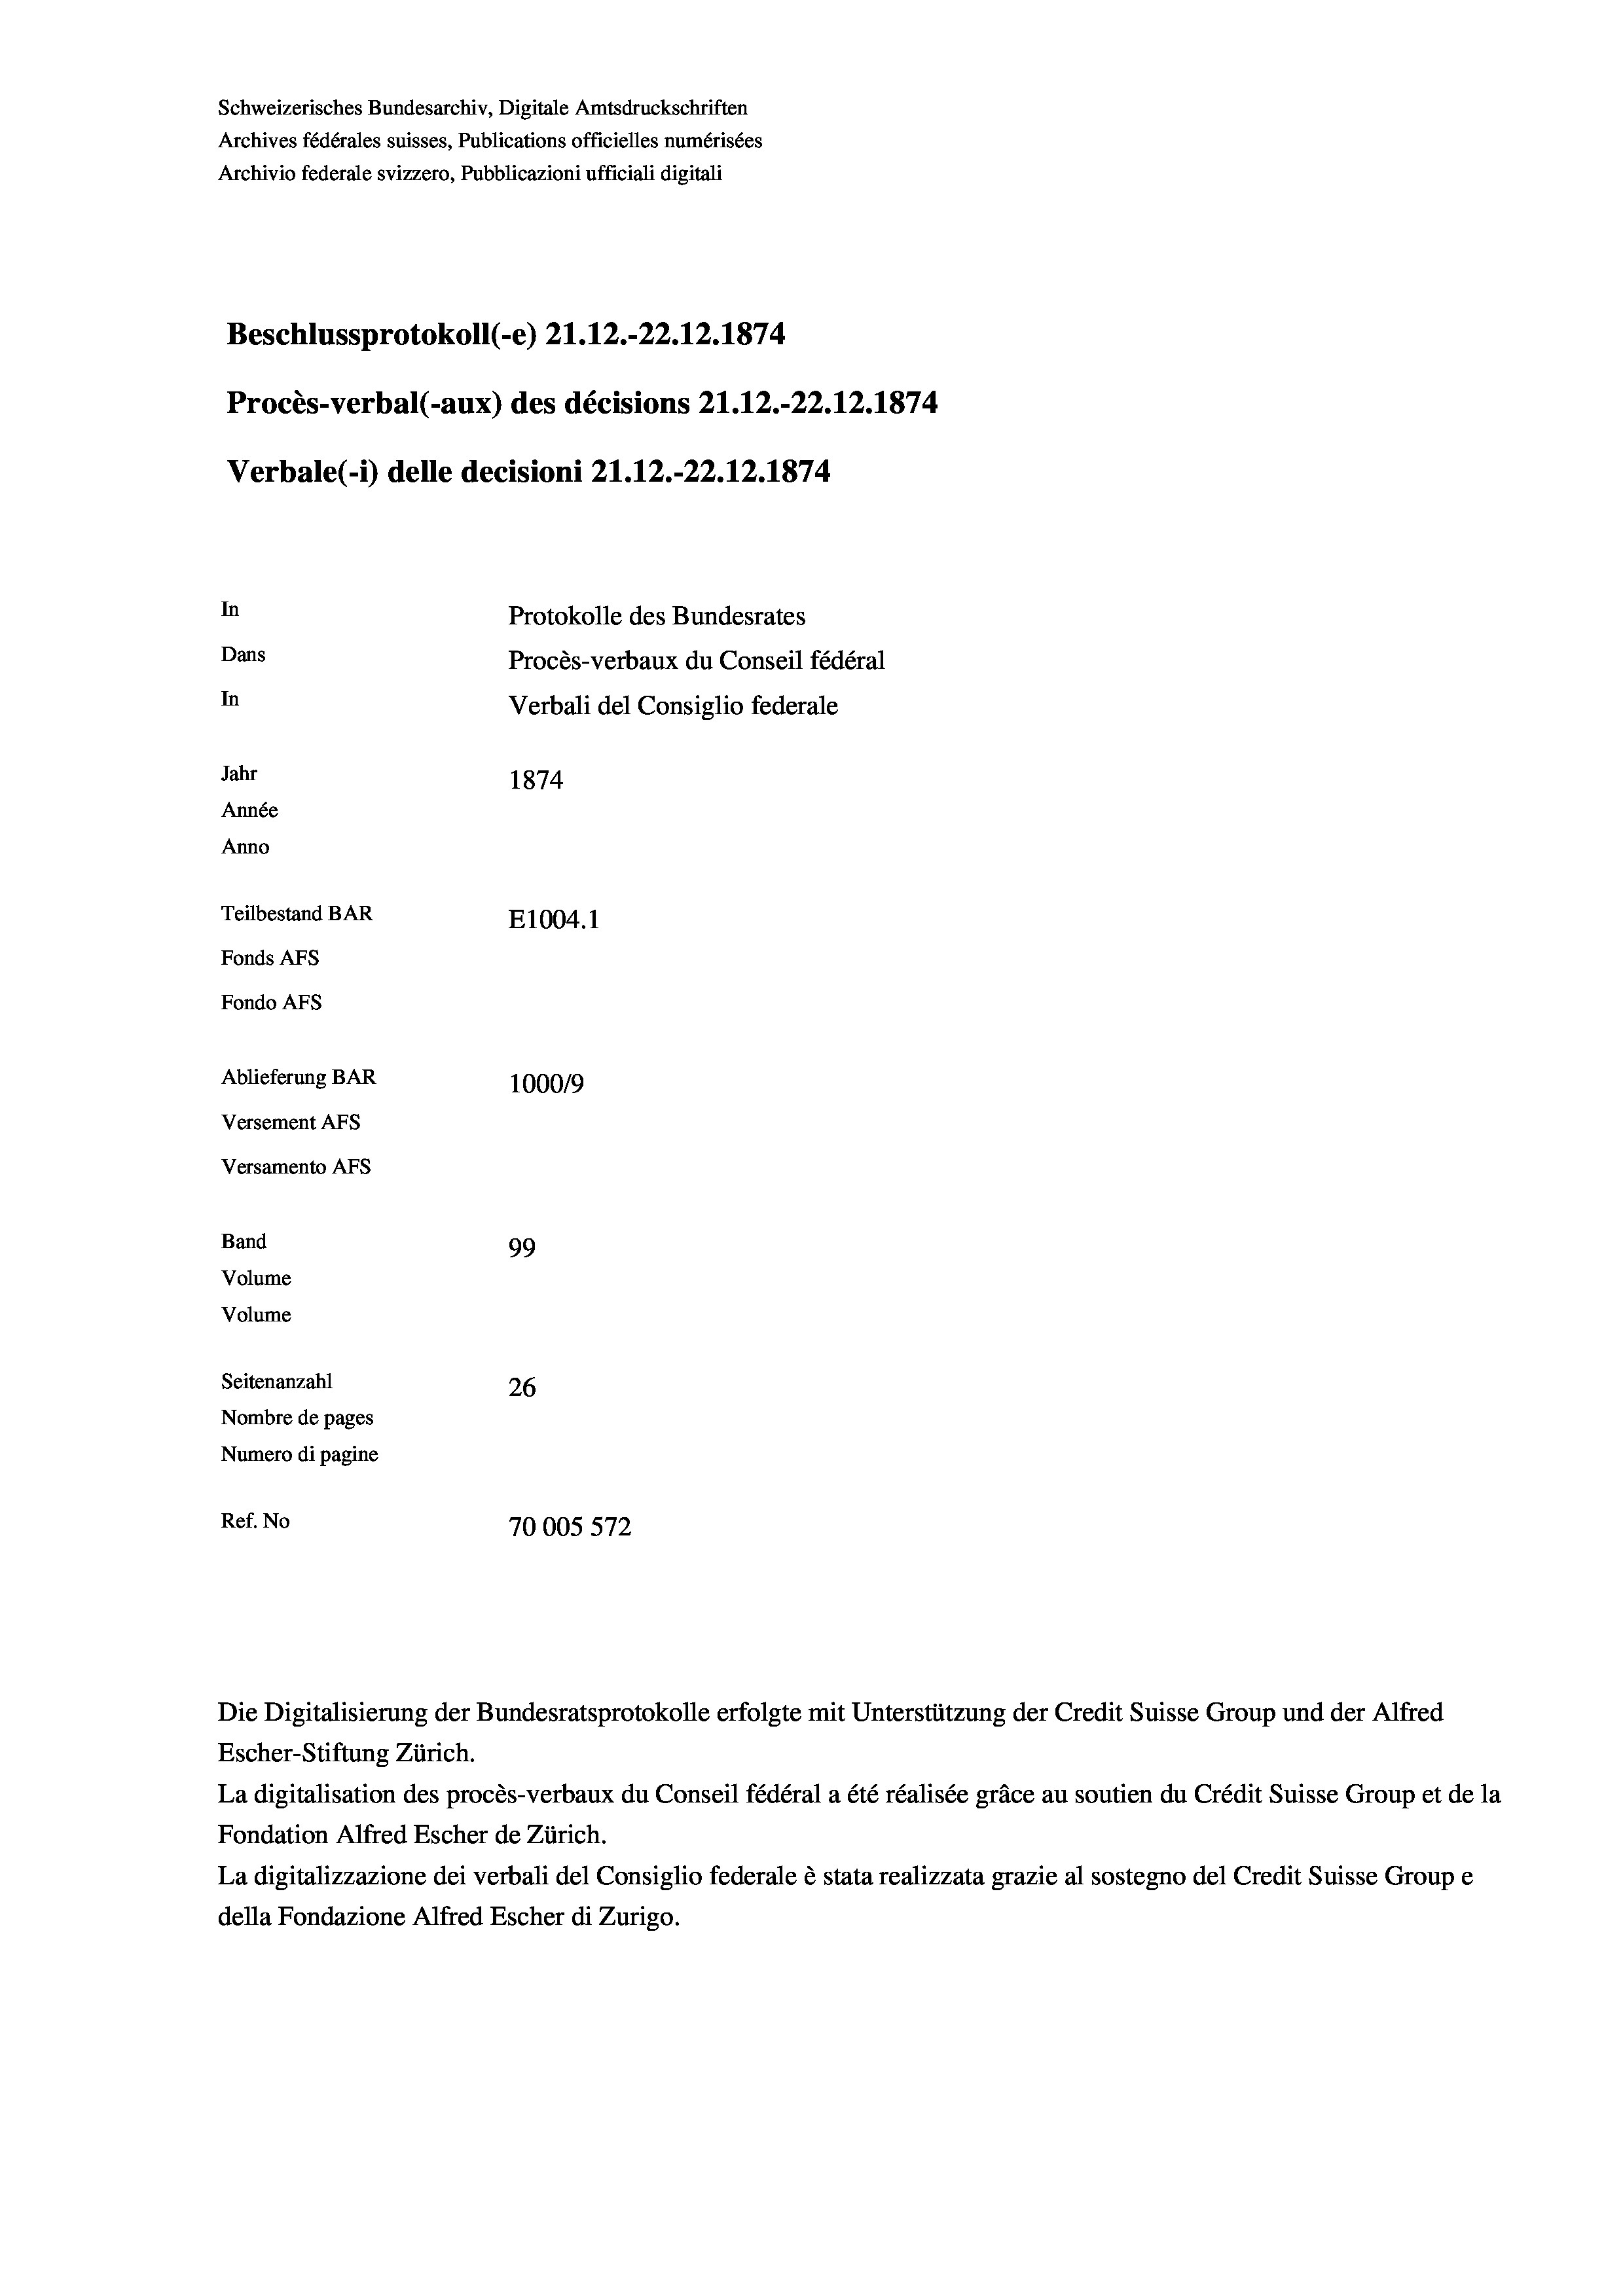
Schweizerisches Bundesarchiv, Digitale Amtsdruckschriften
Archives fédérales suisses, Publications officielles numérisées
Archivio federale svizzero, Pubblicazioni ufficiali digitali
Beschlussprotokoll (-e) 21.12.-22.12.1874
Procès-verbal (-aux) des décisions 21.12.-22.12.1874
Verbale (1) delle decisioni 21.12.-22.12.1874
In
Protokolle des Bundesrates
Dans
Procès-verbaux du Conseil fédéral
In
Verbali del Consiglio federale
Jahr
1874
Année
Anno
Teilbestand BAR
E1004. 1
Fonds AFs
Fondo AFs
Ablieferung BAR
100019
Versement AFs
Versamento Afs
Band
99
Volume
Volume
Seitenanzahl
26
Nombre de pages
Numero di pagine
Ref. No
70005 572

Escher-Stiftung Zürich.
La digitalisation des procès-verbaux du Conseil fédéral a été réalisée gräce au soutien du Crédit Suisse Group et de la
Fondation Alfred Escher de Zürich.
La digitalizzazione dei verbali del Consiglio federale è stata realizzata grazie al sostegno del Credit Suisse Groupe
della Fondazione Alfred Escher di Zurigo.

Die Digitalisierung der Bundesratsprotokolle erfolgte mit Unterstützung der Credit Suisse Group und der Alfred